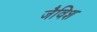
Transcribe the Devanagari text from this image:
जैविश